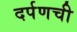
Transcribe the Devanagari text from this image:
दर्पणची